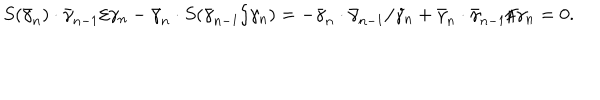
S ( \bar { \gamma } _ { n } ) \cdot \bar { \gamma } _ { n - 1 } / \gamma _ { n } - \bar { \gamma } _ { n } \cdot S ( \bar { \gamma } _ { n - 1 } / \gamma _ { n } ) = - \bar { \gamma } _ { n } \cdot \bar { \gamma } _ { n - 1 } / \gamma _ { n } + \bar { \gamma } _ { n } \cdot \bar { \gamma } _ { n - 1 } / \gamma _ { n } = 0 .